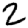
Digit: 2